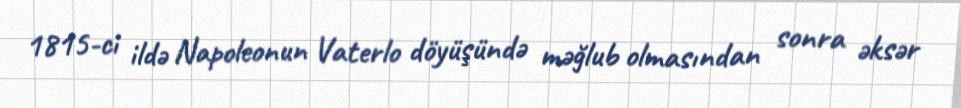
1815-ci ildə Napoleonun Vaterlo döyüşündə məğlub olmasından sonra əksər